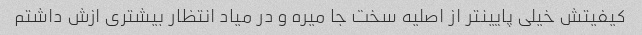
کیفیتش خیلی پایینتر از اصلیه سخت جا میره و در میاد انتظار بیشتری ازش داشتم